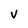
Character: v